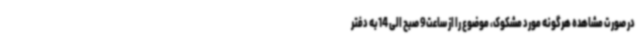
در صورت مشاهده هرگونه مورد مشکوک، موضوع را از ساعت9 صبح الی 14به دفتر